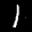
Label: 1